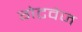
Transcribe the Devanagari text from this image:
गेटवेज